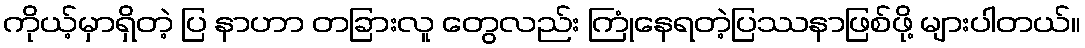
ကိုယ့်မှာရှိတဲ့ ပြ နာဟာ တခြားလူ တွေလည်း ကြုံနေရတဲ့ပြဿနာဖြစ်ဖို့ များပါတယ်။